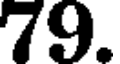
79.